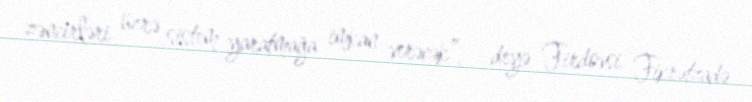
zəncirləri üzrə sistem yaratmağa imkan verəcək”, - deyə Firdovsi Fikrətzadə